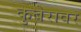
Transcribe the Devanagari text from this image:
कुबेरावर